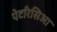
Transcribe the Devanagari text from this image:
पेटरिसिआ